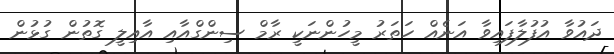
ދައުވާ އުފުލާފައިވާ އަނެއް ހަތަރު މީހުންނަކީ ރާމް ސިންގްއާއި އާއިލީ ގޮތުން ގުޅުން